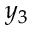
y _ { 3 }